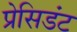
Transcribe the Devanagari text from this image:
प्रेसिडंट